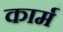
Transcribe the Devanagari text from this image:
कार्म